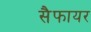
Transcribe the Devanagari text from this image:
सैफायर